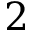
2